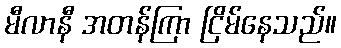
မီလာနီ အတန်ကြာ ငြိမ်နေသည်။